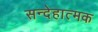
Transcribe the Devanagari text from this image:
सन्देहात्मक